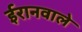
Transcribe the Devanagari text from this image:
ईरानवाले